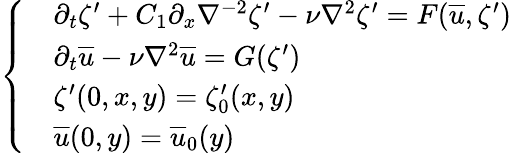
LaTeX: \left\{ \begin{array}{ll}&{\partial_{t}\zeta^{\prime}+C_{1}\partial_{x}\nabla^{-2}\zeta^{\prime}-\nu\nabla^{2}\zeta^{\prime}=F(\overline{{u}},\zeta^{\prime})}\\ &{\partial_{t}\overline{{u}}-\nu\nabla^{2}\overline{{u}}=G(\zeta^{\prime})}\\ &{\zeta^{\prime}(0,x,y)=\zeta_{0}^{\prime}(x,y)}\\ &{\overline{{u}}(0,y)=\overline{{u}}_{0}(y)}\end{array}\right.